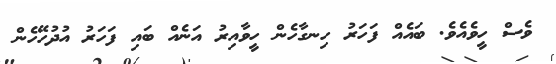
ވެސް ހީވެއެވެ. ބައެއް ފަހަރު ހިނގާހެން ހީވާއިރު އަނެއް ބައި ފަހަރު އުދުހޭހެން